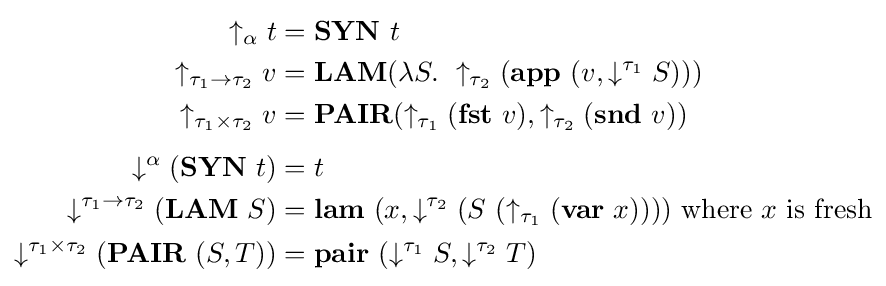
{\begin{aligned}\uparrow _{\alpha }t&=\mathbf {SYN} \ t\\\uparrow _{\tau _{1}\to \tau _{2}}v&=\mathbf {LAM} (\lambda S.\ \uparrow _{\tau _{2}}(\mathbf {app} \ (v,\downarrow ^{\tau _{1}}S)))\\\uparrow _{\tau _{1}\times \tau _{2}}v&=\mathbf {PAIR} (\uparrow _{\tau _{1}}(\mathbf {fst} \ v),\uparrow _{\tau _{2}}(\mathbf {snd} \ v))\\[1ex]\downarrow ^{\alpha }(\mathbf {SYN} \ t)&=t\\\downarrow ^{\tau _{1}\to \tau _{2}}(\mathbf {LAM} \ S)&=\mathbf {lam} \ (x,\downarrow ^{\tau _{2}}(S\ (\uparrow _{\tau _{1}}(\mathbf {var} \ x)))){\text{ where }}x{\text{ is fresh}}\\\downarrow ^{\tau _{1}\times \tau _{2}}(\mathbf {PAIR} \ (S,T))&=\mathbf {pair} \ (\downarrow ^{\tau _{1}}S,\downarrow ^{\tau _{2}}T)\end{aligned}}